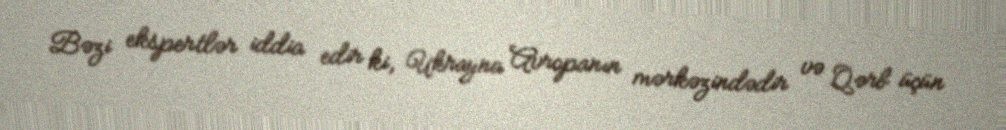
Bəzi ekspertlər iddia edir ki, Ukrayna Avropanın mərkəzindədir və Qərb üçün